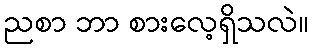
ညစာ ဘာ စားလေ့ရှိသလဲ။